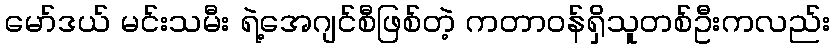
မော်ဒယ် မင်းသမီး ရဲ့အေဂျင်စီဖြစ်တဲ့ ကတာဝန်ရှိသူတစ်ဦးကလည်း